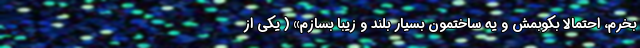
بخرم، احتمالا بکوبمش و یه ساختمون بسیار بلند و زیبا بسازم» ( یکی از